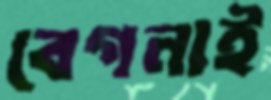
বেগনাই